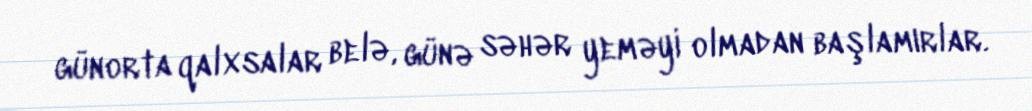
günorta qalxsalar belə, günə səhər yeməyi olmadan başlamırlar.